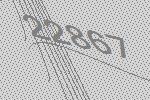
22867